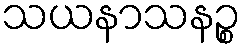
သယနာသနဉ္စ